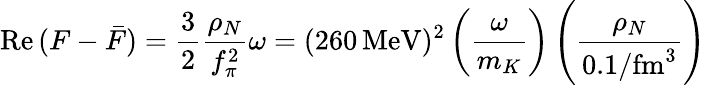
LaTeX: \mathrm{Re}\, (F-\bar{F})=\frac{3}{2}\frac{\rho_{N}}{f_{\pi}^{2}}\omega=(260\, \mathrm{MeV})^{2}\left(\frac{\omega}{m_{K}}\right)\left(\frac{\rho_{N}}{0.1/\mathrm{fm}^{3}}\right)